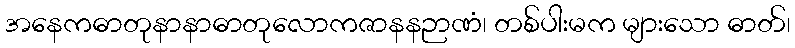
အနေကဓာတုနာနာဓာတုလောကဇာနနဉာဏံ၊ တစ်ပါးမက များသော ဓာတ်၊